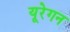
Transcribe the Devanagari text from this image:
यूरेगन